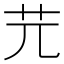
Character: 𦬂